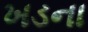
ખડના